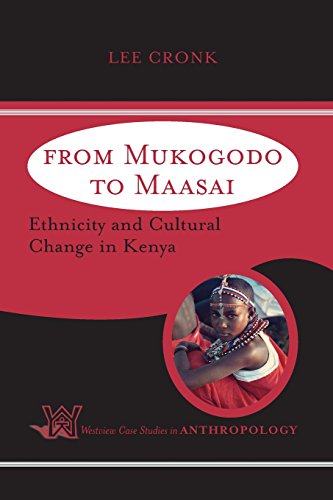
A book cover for From Mukogodo To Maasai: Ethnicity And Cultural Change In Kenya (Westview Case Studies in Anthropology); Lee Cronk; History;